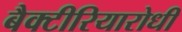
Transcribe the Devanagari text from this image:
बैक्टीरियारोधी